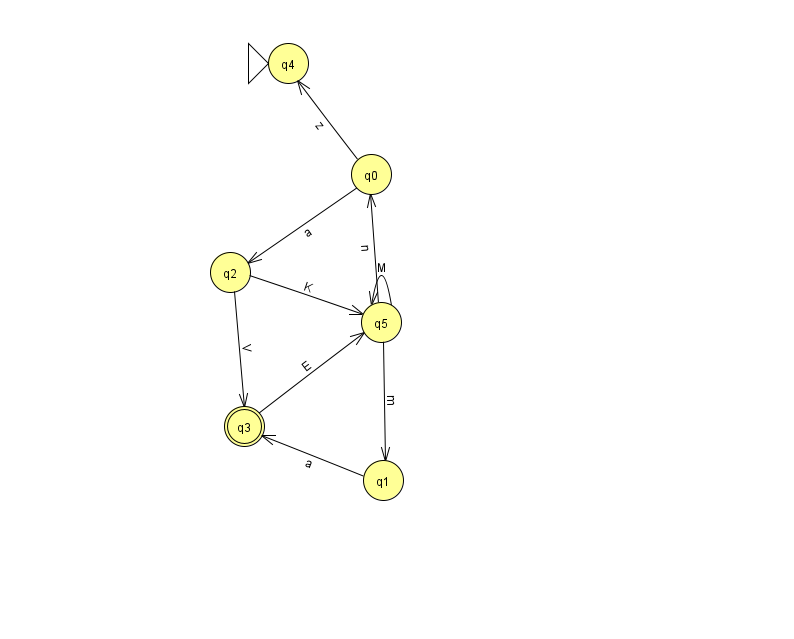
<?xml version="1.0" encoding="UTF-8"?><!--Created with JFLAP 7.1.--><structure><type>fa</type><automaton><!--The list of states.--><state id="0" name="q0"><x>371.0</x><y>161.0</y></state><state id="1" name="q1"><x>383.0</x><y>467.0</y></state><state id="2" name="q2"><x>230.0</x><y>259.0</y></state><state id="3" name="q3"><x>244.0</x><y>413.0</y><final/></state><state id="4" name="q4"><x>288.0</x><y>50.0</y><initial/></state><state id="5" name="q5"><x>381.0</x><y>309.0</y></state><!--The list of transitions.--><transition><from>5</from><to>1</to><read>m</read></transition><transition><from>0</from><to>2</to><read>a</read></transition><transition><from>1</from><to>3</to><read>a</read></transition><transition><from>0</from><to>4</to><read>z</read></transition><transition><from>2</from><to>5</to><read>K</read></transition><transition><from>2</from><to>3</to><read>V</read></transition><transition><from>3</from><to>5</to><read>E</read></transition><transition><from>5</from><to>5</to><read>M</read></transition><transition><from>5</from><to>0</to><read>n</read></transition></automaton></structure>